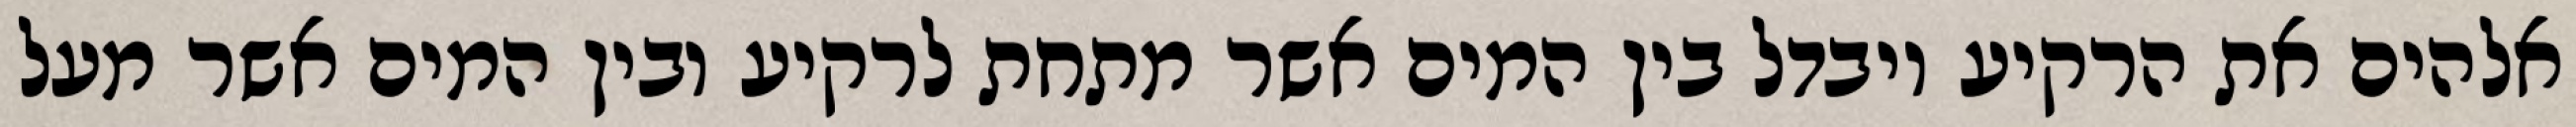
אלהים את הרקיע ויבדל בין המים אשר מתחת לרקיע ובין המים אשר מעל